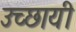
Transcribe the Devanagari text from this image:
उच्छायी